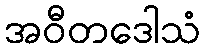
အဝီတဒေါသံ